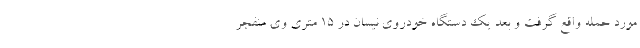
مورد حمله واقع گرفت و بعد یک دستگاه خودروی نیسان در ۱۵ متری وی منفجر